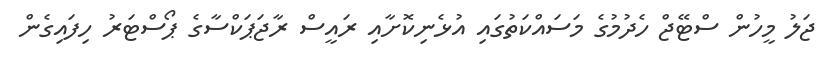
ޖަލު މީހުން ސްޓޭޖް ހެދުމުގެ މަސައްކަތުގައި އުޅެނިކޮށާއި ރައީސް ރާޖަޕަކްސާގެ ޕޯސްޓަރު ހިފައިގެން